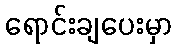
ရောင်းချပေးမှာ